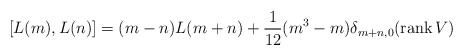
\begin{align*}[L(m),L(n)]=(m-n)L(m+n)+\frac{1}{12}(m^3-m)\delta_{m+n,0}(\mbox{rank}\,V)\end{align*}